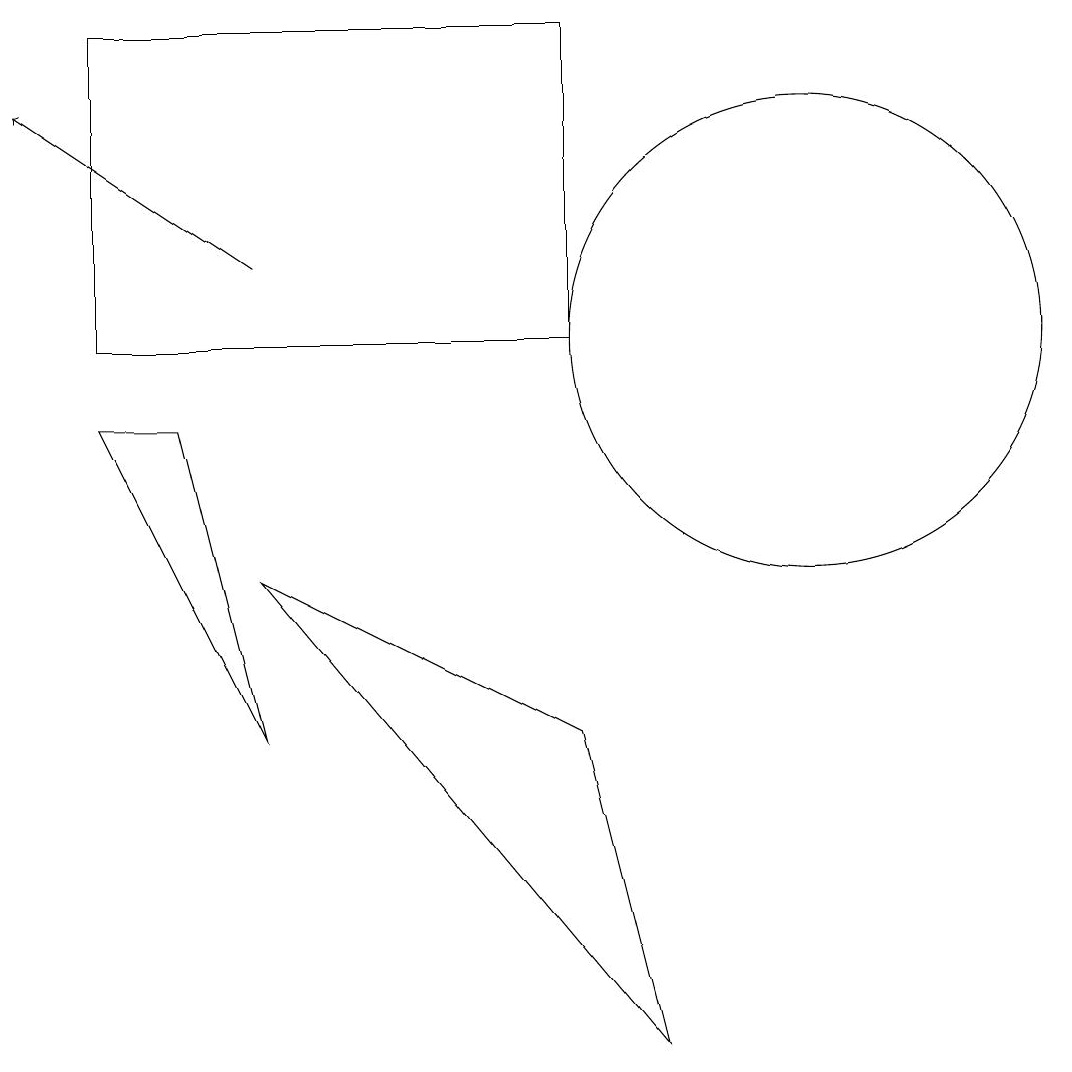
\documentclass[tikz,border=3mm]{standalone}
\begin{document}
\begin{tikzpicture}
\draw (2,9) -- (1,9) -- (3,5) -- cycle;
\draw (10,10) circle (3);
\draw[->] (3,11) -- (0,13);
\draw (3,7) -- (8,1) -- (7,5) -- cycle;
\draw (1,14) rectangle (7,10);
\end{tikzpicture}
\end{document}